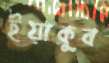
ইয়াকুব